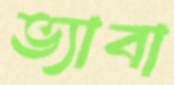
ভ্যাবা